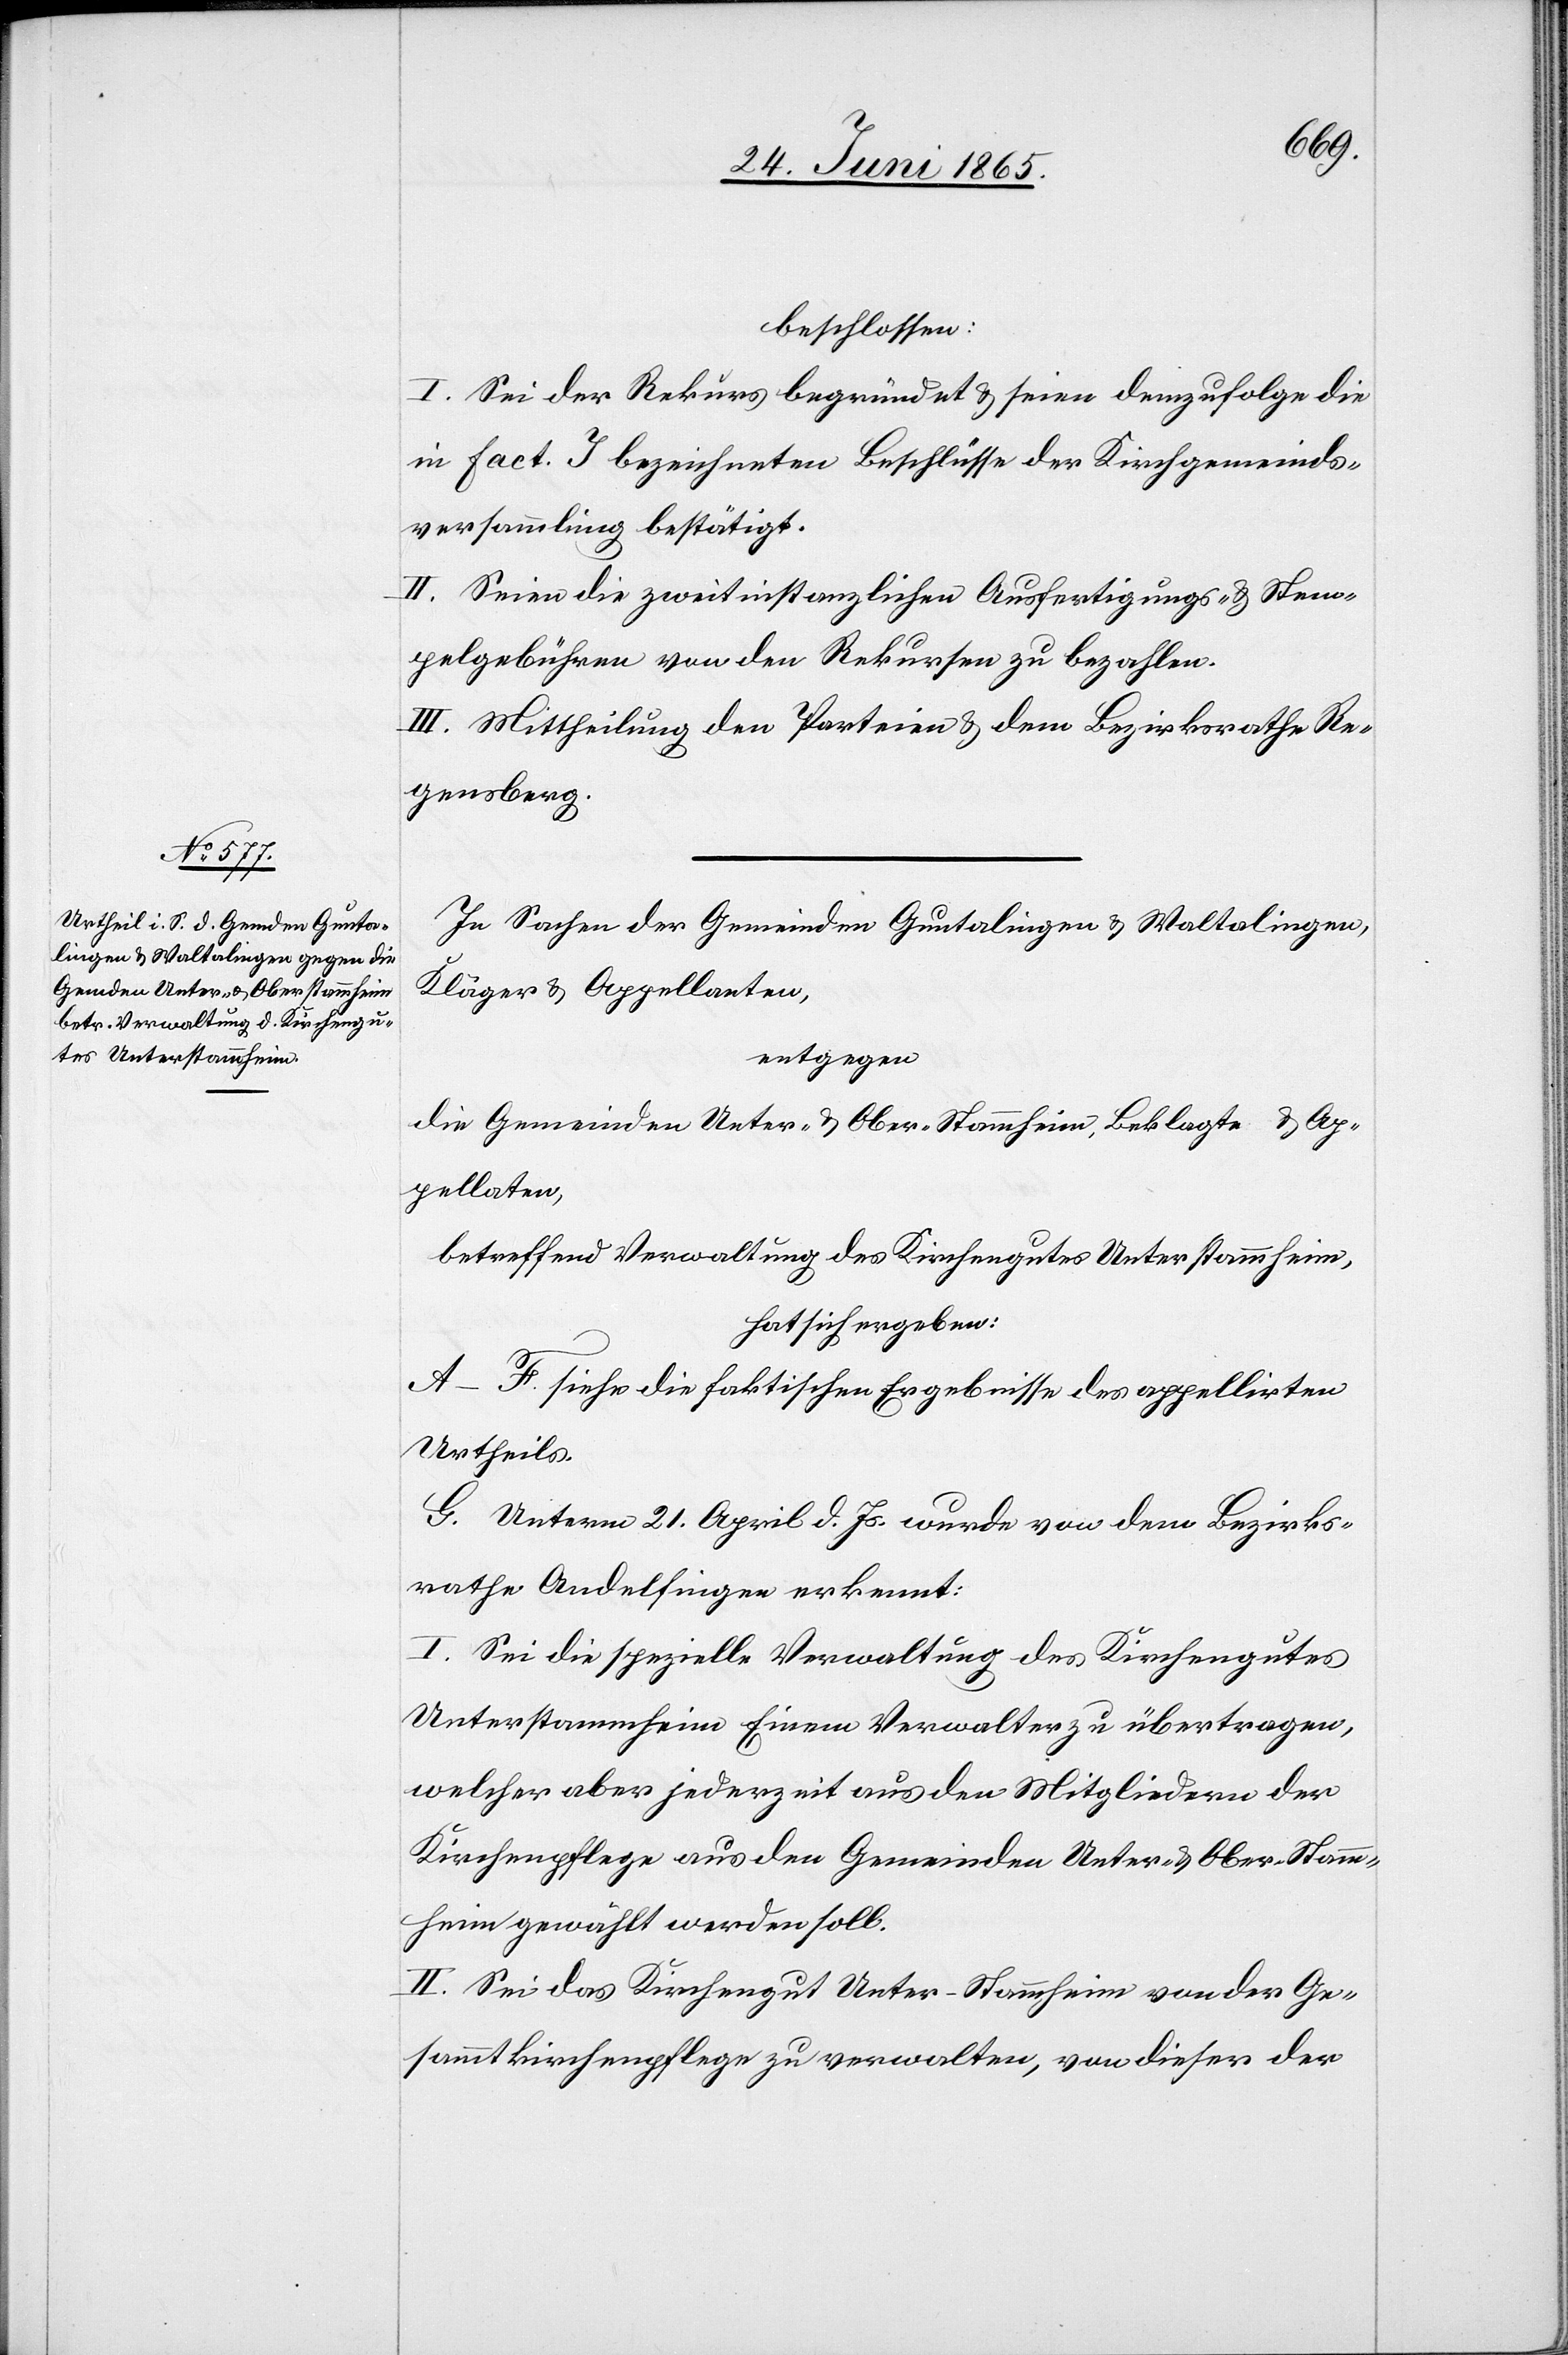
In Sachen der Gemeinden Guntalingen & Waltalingen,
Kläger & Appellanten,
entgegen
die Gemeinden Unter- & Ober-Stammheim, Beklagte & Ap¬
pellaten,
betreffend Verwaltung des Kirchengutes Unterstammheim,
hat sich ergeben:
A–F. siehe die faktischen Ergebnisse des appellirten
Urtheils.
G. Unterm 21. April d. Js. wurde von dem Bezirks¬
rathe Andelfingen erkennt:
I. Sei die spezielle Verwaltung des Kirchengutes
Unterstammheim Einem Verwalter zu übertragen,
welcher aber jederzeit aus den Mitgliedern der
Kirchenpflege aus den Gemeinden Unter- & Ober-Stamm¬
heim gewählt werden soll.
II. Sei das Kirchengut Unter-Stammheim von der Ge¬
sammtkirchenpflege zu verwalten, von dieser der